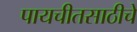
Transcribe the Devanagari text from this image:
पायचीतसाठीचे